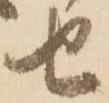
せ